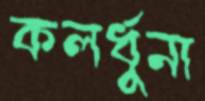
কলর্ধুনা